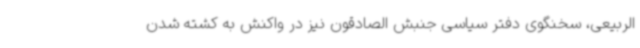
الربیعی، سخنگوی دفتر سیاسی جنبش الصادقون نیز در واکنش به کشته شدن